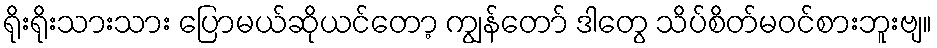
ရိုးရိုးသားသား ပြောမယ်ဆိုယင်တော့ ကျွန်တော် ဒါတွေ သိပ်စိတ်မဝင်စားဘူးဗျ။